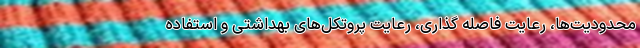
محدودیت‌ها، رعایت فاصله گذاری، رعایت پروتکل‌های بهداشتی و استفاده